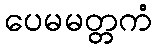
ပေမမတ္တကံ